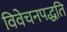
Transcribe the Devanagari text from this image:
विवेचनपद्धति